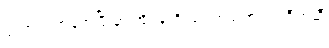
ပျံတက်လာခဲ့အပြီးမှာ အိုပဲန်ဟိုင်မာ အဖို့ ဘဂဝါ ဂီတဆီ